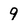
Character: 9